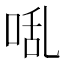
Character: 𭈅